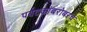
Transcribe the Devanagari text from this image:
पर्यटकांबरोबरच